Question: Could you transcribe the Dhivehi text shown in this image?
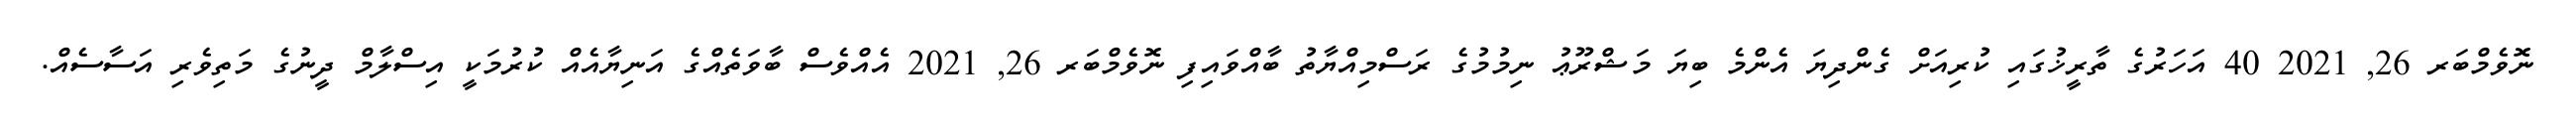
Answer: ނޮވެމްބަރ 26, 2021 40 އަހަރުގެ ތާރީޚުގައި ކުރިއަށް ގެންދިޔަ އެންމެ ބިޔަ މަޝްރޫޢު ނިމުމުގެ ރަސްމިއްޔާތު ބާއްވައިފި ނޮވެމްބަރ 26, 2021 އެއްވެސް ބާވަތެއްގެ އަނިޔާއެއް ކުރުމަކީ އިސްލާމް ދީނުގެ މަތިވެރި އަސާސެއް.